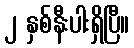
၂ နှစ်နီးပါးရှိပြီ။